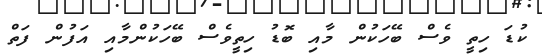
ކުޑަ ހިތީ ވެސް ބޭހަކުން މާއި ބޮޑު ހިތީވެސް ބޭހަކުންމާއި އަފުން ފަތް